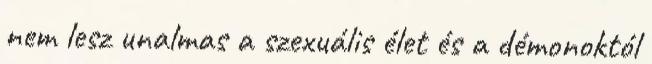
nem lesz unalmas a szexuális élet és a démonoktól